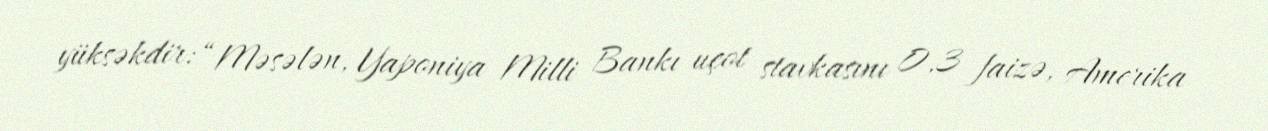
yüksəkdir: “Məsələn, Yaponiya Milli Bankı uçot stavkasını 0,3 faizə, Amerika